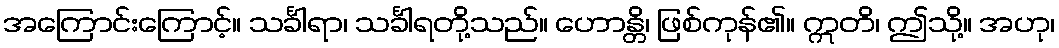
အကြောင်းကြောင့်။ သင်္ခါရာ၊ သင်္ခါရတို့သည်။ ဟောန္တိ၊ ဖြစ်ကုန်၏။ ဣတိ၊ ဤသို့။ အဟု၊